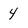
Character: 4